Lunatic asylums Central Provinces reports 1874-1885 - 1874-1885
Year: 1874
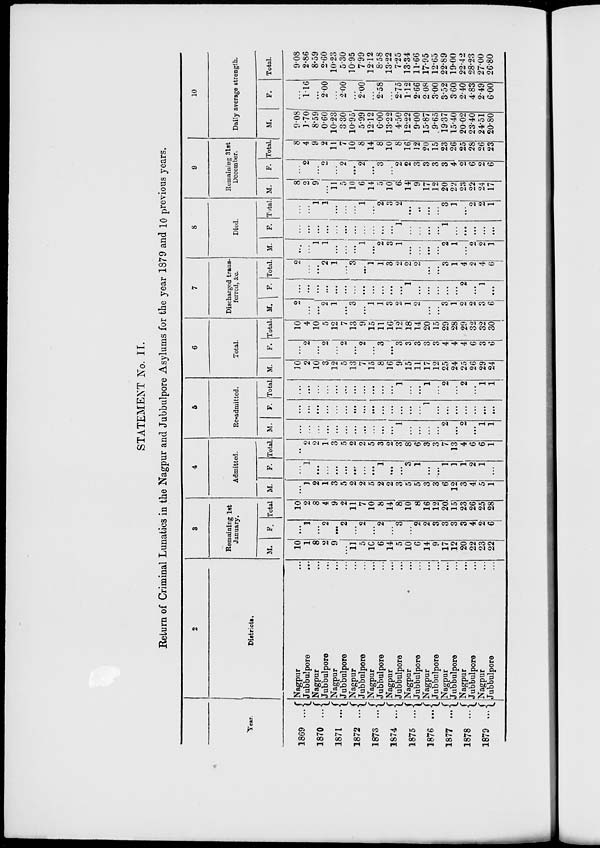
STATEMENT No. II.
Return of Criminal Lunatics in the Nagpur and Jubbulpore Asylums for the year 1879 and 10 previous years.
Year.
1869 ...
1870 ...
1871 ...
1872 ...
1873 ...
1874 ...
1875 ...
1876 ...
1877 ...
1878 ...
1879 ...
2
Districts.
Nagpur ...
Jubbulpore ...
Nagpur ...
Jubbulpore ...
Nagpur ...
Jubbulpore ...
Nagpur ...
Jubbulpore ...
Nagpur ...
Jubbulpore ...
Nagpur ...
Jubbulpore ...
Nagpur ...
Jubbulpore ...
Nagpur ...
Jubbulpore ...
Nagpur ...
Jubbulpore ...
Nagpur ...
Jubbulpore ...
Nagpur ...
Jubbulpore ...
3
Remaining 1st
January.
M.
10
1
8
2
9
...
11
5
10
6
14
5
10
6
14
9
17
12
20
22
23
22
F
...
1
...
2
...
2
...
2
...
2
...
3
...
2
2
3
3
3
3
4
2
6
Total
10
2
8
4
9
2
11
7
10
8
14
8
10
8
16
12
20
15
23
26
25
28
4
Admitted.
M.
...
1
2
1
3
5
2
2
5
2
2
3
5
5
3
3
6
12
3
4
5
1
F.
...
1
...
...
...
...
...
...
...
1
...
...
3
1
...
...
1
1
1
2
1
...
Total.
...
2
2
1
3
5
2
2
5
3
2
3
8
6
3
3
7
13
4
6
6
1
5
Re-admitted.
M.
...
...
...
...
...
...
...
...
...
...
...
1
...
...
...
...
2
...
2
...
1
1
F.
...
...
...
...
...
...
...
...
...
...
...
...
...
...
1
...
...
...
...
...
...
...
Total.
...
...
...
...
...
...
...
...
...
...
...
1
...
...
1
...
2
...
2
...
1
1
6
Total.
M.
10
2
10
3
12
5
13
7
15
8
16
9
15
11
17
12
25
24
25
26
29
24
F.
...
2
...
2
...
2
...
2
...
3
...
3
3
3
3
3
4
4
4
6
3
6
Total.
10
4
10
5
12
7
13
9
15
11
16
12
18
14
20
15
29
28
29
32
32
30
7
Discharged trans-
ferred, &c.
M.
2
...
...
2
1
...
3
...
1
1
3
2
1
2
...
...
3
1
2
2
3
6
F.
...
...
...
...
...
...
...
...
...
...
...
...
1
...
...
...
...
...
2
...
1
...
Total.
2
...
...
2
1
...
3
...
1
1
3
2
2
2
...
...
3
1
4
2
4
6
8
Died.
M.
...
...
1
1
...
...
...
1
...
2
3
1
...
...
...
...
2
1
...
2
2
1
F.
...
...
...
...
...
...
...
...
...
...
...
1
...
...
...
...
1
...
...
...
...
...
Total.
...
...
1
1
...
...
...
1
...
2
3
2
...
...
...
...
3
1
...
2
2
1
9
Remaining 31st
December.
M.
8
2
9
...
11
5
10
6
14
5
10
6
14
9
17
12
20
22
23
22
24
17
F.
...
2
...
2
...
2
...
2
...
3
...
2
2
3
3
3
3
4
2
6
2
6
Total.
8
4
9
2
11
7
10
8
14
8
10
8
16
12
20
15
23
26
25
28
26
23
10
Daily average strength.
M.
9.08
1.70
8.59
0.60
10.23
3.30
10.95
5.99
12.12
6.00
13.22
4.50
12.22
9.00
15.87
9.65
19.37
15.40
20.02
23.40
24.51
20.80
F.
...
1. 16
...
2.00
...
2.00
...
2.00
...
2.58
...
2.75
1.12
2.66
2.08
3.00
3.52
3.60
2.40
4.83
2.49
6.00
Total.
9.08
2.86
8.59
2.60
10.23
5.30
10.95
7.99
12.12
8.58
13.22
7.25
13.34
11.66
17.95
12.65
22.89
19.00
22.42
28.23
27.00
26.80